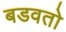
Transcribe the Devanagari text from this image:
बडवतो